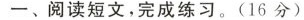
一、阅读短文，完成练习。(16分)